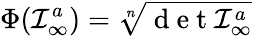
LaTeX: \Phi({\cal I}_{\infty}^{a})=\sqrt[n]{\mathrm{~d~e~t~}{\cal I}_{\infty}^{a}}